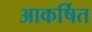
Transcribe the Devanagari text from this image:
आकर्षित